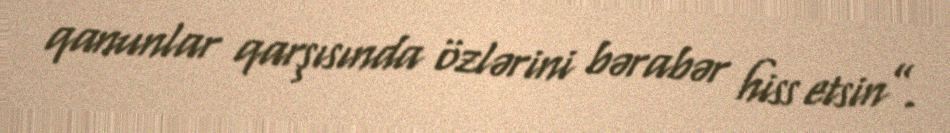
qanunlar qarşısında özlərini bərabər hiss etsin”.